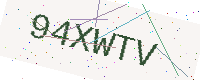
Text: 94XWTV